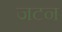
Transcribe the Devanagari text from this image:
जटन